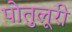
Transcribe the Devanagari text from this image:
पोतुलूरी